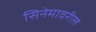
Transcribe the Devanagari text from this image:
सिनेमावरील